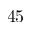
4 5